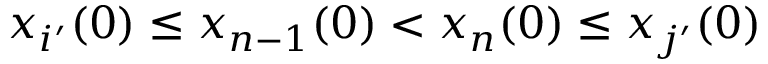
x _ { i ^ { \prime } } ( 0 ) \leq x _ { n - 1 } ( 0 ) < x _ { n } ( 0 ) \leq x _ { j ^ { \prime } } ( 0 )